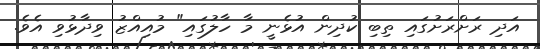
އަދި ރަށްރަށުގައި ތިބި ކުދިން އުޅެނީ މާ ހާލުގައި" މުއިއްޒު ވިދާޅުވި އެެވެ.